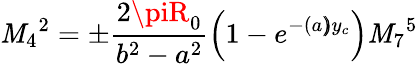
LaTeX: \mathit{M}_{4}{}^{2}=\pm\frac{{2\piR_{0}}}{{b^{2}-a^{2}}}\left(1-e^{-(a\pmb)y_{c}}\right)\mathit{M}_{7}{}^{5}